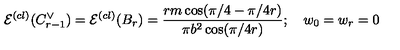
\mathcal { E } ^ { ( c l ) } ( C _ { r - 1 } ^ { \vee } ) = \mathcal { E } ^ { ( c l ) } ( B _ { r } ) = \frac { r m \cos ( \pi / 4 - \pi / 4 r ) } { \pi b ^ { 2 } \cos ( \pi / 4 r ) } ; \quad w _ { 0 } = w _ { r } = 0